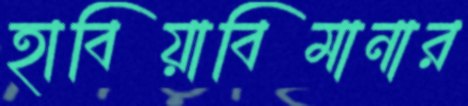
হাবিয়াবিমানার